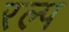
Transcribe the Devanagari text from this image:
रल्प